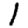
Digit: 1